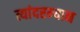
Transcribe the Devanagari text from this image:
त्यांदरम्यान